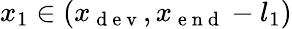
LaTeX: x_{1}\in\left(x_{\mathrm{~d~e~v~}},x_{\mathrm{~e~n~d~}}-l_{1}\right)